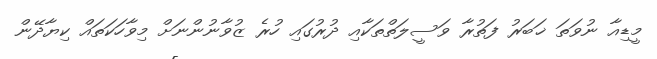
މީޑިއާ ނުވަތަ ޚަބަރު ފަތުރާ ވަސީލަތްތަކާއި ދުރުގައި ހުރެ ޒުވާނުންނަށް މިވާހަކަތައް ކިޔާދޭން